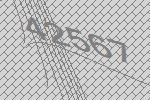
42567